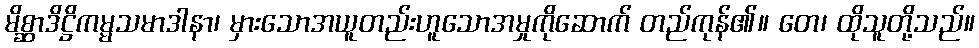
မိစ္ဆာဒိဋ္ဌိကမ္မသမာဒါနာ၊ မှားသောအယူတည်းဟူသောအမှုကိုဆောက် တည်ကုန်၏။ တေ၊ ထိုသူတို့သည်။